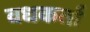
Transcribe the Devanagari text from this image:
वधकर्ता